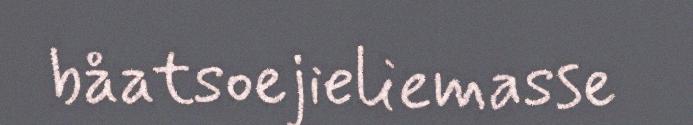
båatsoejieliemasse